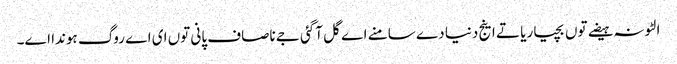
الٹونہ ہیضے توں بچیا ریا تے اینج دنیا دے سامنے اے گل آگئی جے ناصاف پانی توں ای اے روگ ہوندا اے۔